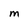
Character: m